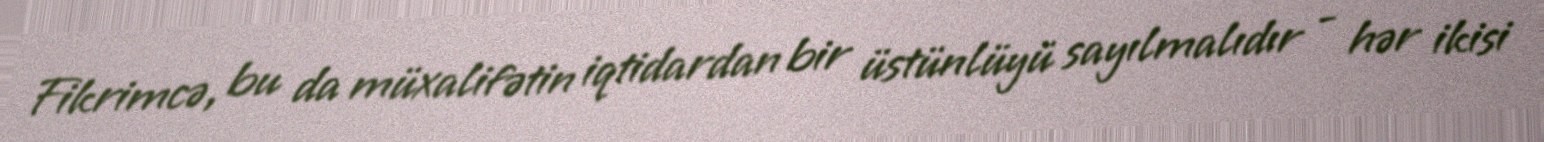
Fikrimcə, bu da müxalifətin iqtidardan bir üstünlüyü sayılmalıdır - hər ikisi